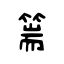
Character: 篅